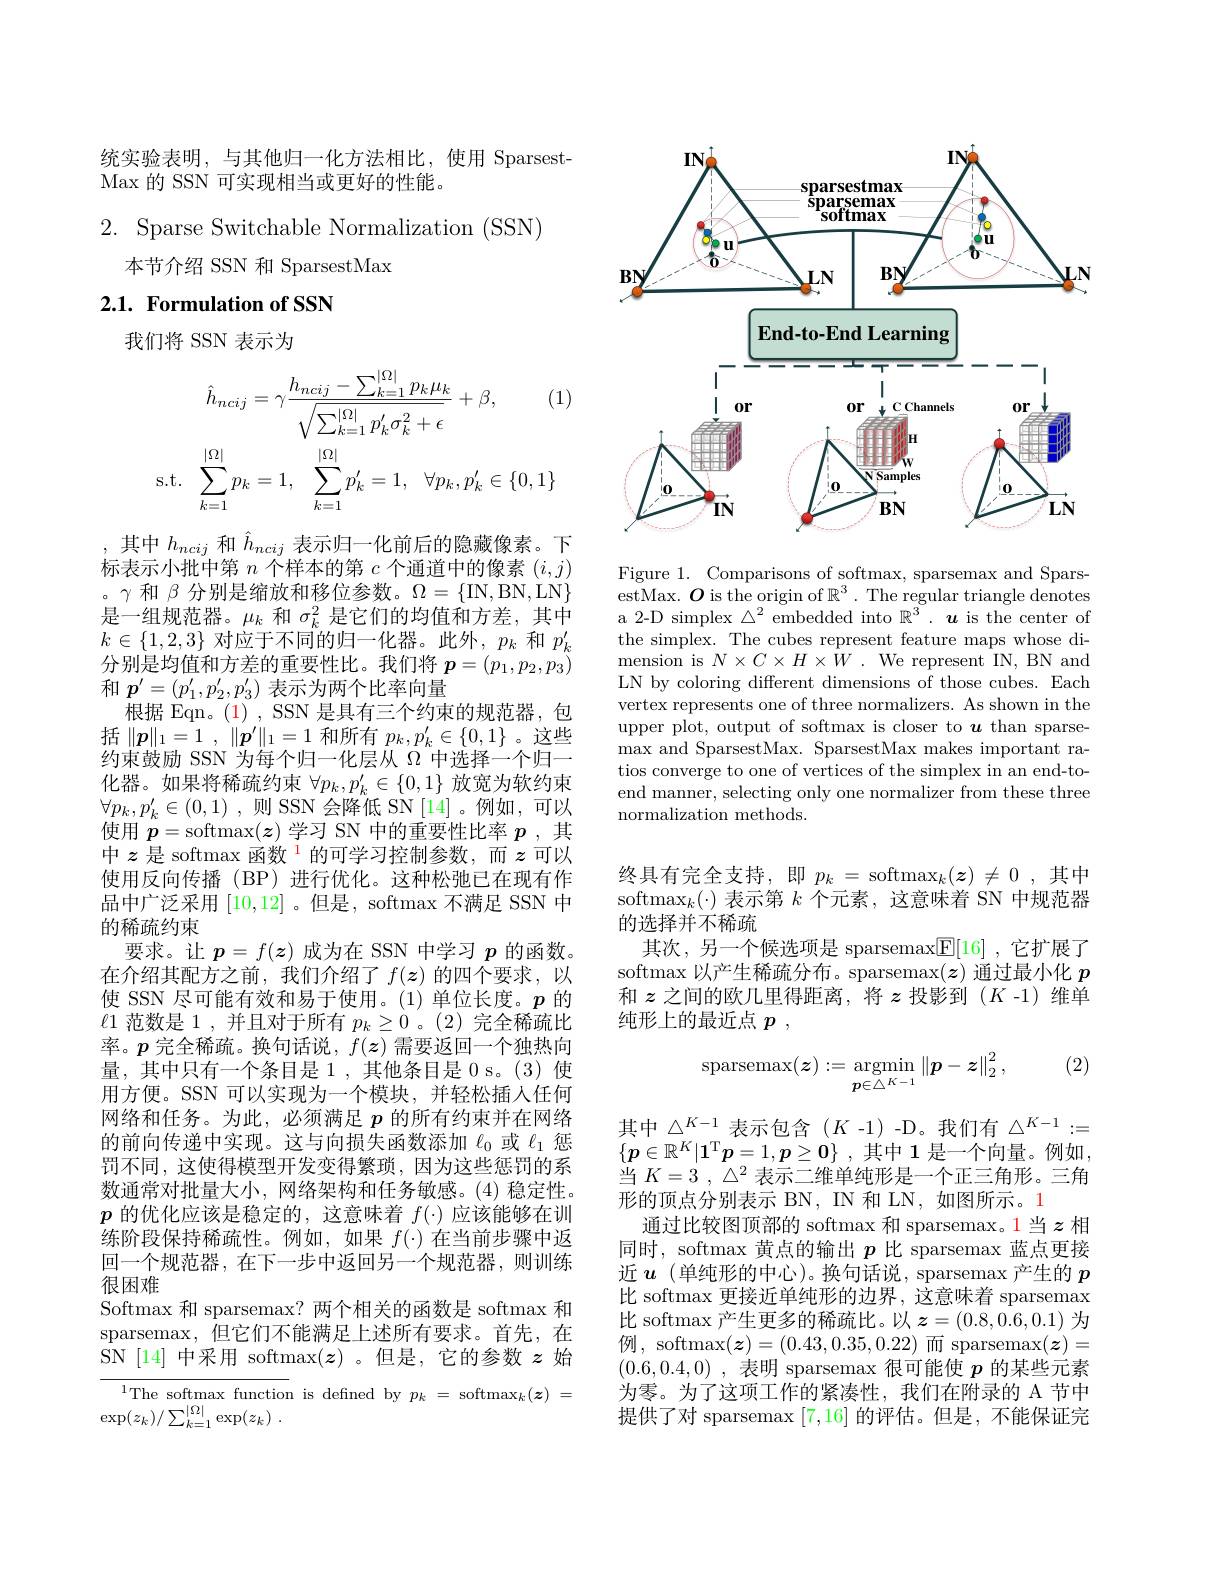
统实验表明，与其他归一化方法相比，使用 Sparsest-
Max 的 SSN 可实现相当或更好的性能。

2. Sparse Switchable Normalization (SSN)
本节介绍 SSN 和 SparsestMax

# 2.1. Formulation of SSN

我们将 SSN 表示为
$$\hat{h}_{ncij}=\gamma\frac{h_{ncij}-\sum_{k=1}^{|\Omega|}p_{k}\mu_{k}}{\sqrt{\sum_{k=1}^{|\Omega|}p_{k}^{\prime}\sigma_{k}^{2}+\epsilon}}+\beta,\quad(1\\\mathrm{s.t.}\quad\sum_{k=1}^{|\Omega|}p_{k}=1,\quad\sum_{k=1}^{|\Omega|}p_{k}^{\prime}=1,\quad\forall p_{k},p_{k}^{\prime}\in\{0,1\}$$
其中$h_{ncij}$和$\hat{h}_{ncij}$表示归一化前后的隐藏像素。下标表示小批中第$n$个样本的第$c$个通道中的像素$(i,j)$ 。$\gamma$和$\beta$分别是缩放和移位参数。$\Omega=\{$IN,BN,LN$\}$ 是一组规范器。$\mu_k$和$\sigma_k^2$是它们的均值和方差，其中$k\in\{1,2,3\}$对应于不同的归一化器。此外$,p_k$和$p_k^{\prime}$ 分别是均值和方差的重要性比。我们将$p=(p_1,p_2,p_3)$ 和$p^\prime=(p_1^{\prime},p_2^{\prime},p_3^{\prime})$表示为两个比率向量
根据 Eqn。(1), SSN 是具有三个约束的规范器，包括$\| \boldsymbol{p}\| _1= 1$ , $\| \boldsymbol{p}^{\prime }\| _1= 1$和所有$p_k,p_k^{\prime}\in\{0,1\}$ 。这些约束鼓励 SSN 为每个归一化层从$\Omega$中选择一个归一化器。如果将稀疏约束$\forall p_k,p_k^{\prime}\in\{0,1\}$放宽为软约束$\forall p_k, p_k^{\prime }\in ( 0, 1)$ ,则 SSN 会降低 SN[14]。例如，可以使用$p=$softmax$(\boldsymbol{z})$学习 SN 中的重要性比率$p$ ,其中$z\text{ 是 softmax 函数}^{1}$的可学习控制参数，而$z$可以使用反向传播(BP)进行优化。这种松弛已在现有作品中广泛采用[10,12] 。但是，softmax 不满足 SSN 中的稀疏约束
要求。让$p=f(\boldsymbol{z})$成为在 SSN 中学习$p$的函数在介绍其配方之前，我们介绍了$f(\boldsymbol{z})$的四个要求，以使 SSN 尽可能有效和易于使用。(1)单位长度。$p$的$\ell1$范数是 1 ,并且对于所有$p_k\geq0$ 。(2)完全稀疏比率。$p$完全稀疏。换句话说，$f(\boldsymbol{z})$需要返回一个独热向量，其中只有一个条目是 1 ,其他条目是 0 s。(3) 使用方便。SSN 可以实现为一个模块，并轻松插人任何网络和任务。为此，必须满足$p$的所有约束并在网络的前向传递中实现。这与向损失函数添加$\ell_0$或$\ell_1$惩罚不同，这使得模型开发变得繁琐，因为这些惩罚的系数通常对批量大小，网络架构和任务敏感。(4) 稳定性。$p$的优化应该是稳定的，这意味着$f(\cdot)$应该能够在训练阶段保持稀疏性。例如，如果$f(\cdot)$在当前步骤中返回一个规范器，在下一步中返回另一个规范器，则训练很困难
Softmax 和 sparsemax? 两个相关的函数是 softmax 和sparsemax, 但它们不能满足上述所有要求。首先，在SN[14] 中采用 softmax(z) 。但是，它的参数$z$始${\frac{{^{1}}\mathrm{The~softmax~function~}}}$is defined by$p_k=$softmax$_k(\boldsymbol z)=$
$\exp ( z_k) / \sum _{k= 1}^{| \Omega | }\exp ( z_k)$ .

<FigureHere>

Figure 1. Comparisons of softmax, sparsemax and Spars- $\bar{\text{estMax. }O}$ is the origin of $\mathbb{R}^3.$ The regular triangle denotes a 2-D simplex $\triangle^2$ embedded into $\mathbb{R}^3^-.$ $u$ is the center of the simplex. The cubes represent feature maps whose dimension is $N\times C\times H\times W.$ We represent IN, BN and LN by coloring different dimensions of those cubes. Each vertex represents one of three normalizers. As shown in the upper plot, output of softmax is closer to $u$ than sparsemax and SparsestMax. SparsestMax makes important ratios converge to one of vertices of the simplex in an end-toend manner, selecting only one normalizer from these three normalization methods

终具有完全支持，即$p_k=$softmax$_k(\boldsymbol{z})\neq0$,其中softmax$_k(\cdot)$表示第$k$个元素，这意味着 SN 中规范器的选择并不稀疏
其次，另一个候选项是 sparsemax$\boxed{\mathbb{F}}[16]$ ,它扩展了softmax 以产生稀疏分布。sparsemax(z) 通过最小化$p$ 和$z$之间的欧几里得距离，将$z$投影到($K$ -1)维单纯形上的最近点$p$,

(2)
$$\mathop{\mathrm{sparsemax}}(\boldsymbol{z}):=\mathop{\mathrm{argmin}}\limits_{\boldsymbol{p}\in\triangle^{K-1}}\left\|\boldsymbol{p}-\boldsymbol{z}\right\|_2^2,$$
其中$\triangle^K-1$表示包含$(K$-1)-D。我们有$\triangle^K-1:=$ $\{ p\in \mathbb{R} ^K| \mathbf{1} ^\mathrm{T} p= 1, \boldsymbol{p}\geq \mathbf{0} \}$ ,其中1是一个向量。例如， 当$K= 3$ , $\triangle ^2$表示二维单纯形是一个正三角形。三角形的顶点分别表示 BN, IN 和 LN, 如图所示。1
通过比较图顶部的 softmax 和 sparsemax。1 当$z$ 相同时，softmax 黄点的输出$p$比 sparsemax 蓝点更接近$\boldsymbol{u}$(单纯形的中心)。换句话说，sparsemax 产生的$p$ 比 softmax 更接近单纯形的边界，这意味着 sparsemax 比 softmax 产生更多的稀疏比。以$z=(0.8,0.6,0.1)$为例，softmax$(\boldsymbol{z})=(0.43,0.35,0.22)$而 sparsemax$(\boldsymbol{z})=$ (0.6,0.4,0) ,表明 sparsemax 很可能使$p$的某些元素为零。为了这项工作的紧凑性，我们在附录的 A 节中提供了对 sparsemax [7,16]的评估。但是，不能保证完